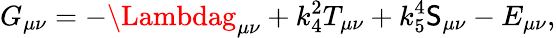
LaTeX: G_{\mu\nu}=-\Lambdag_{\mu\nu}+k_{4}^{2}T_{\mu\nu}+k_{5}^{4}\mathsf{S}_{\mu\nu}-E_{\mu\nu},